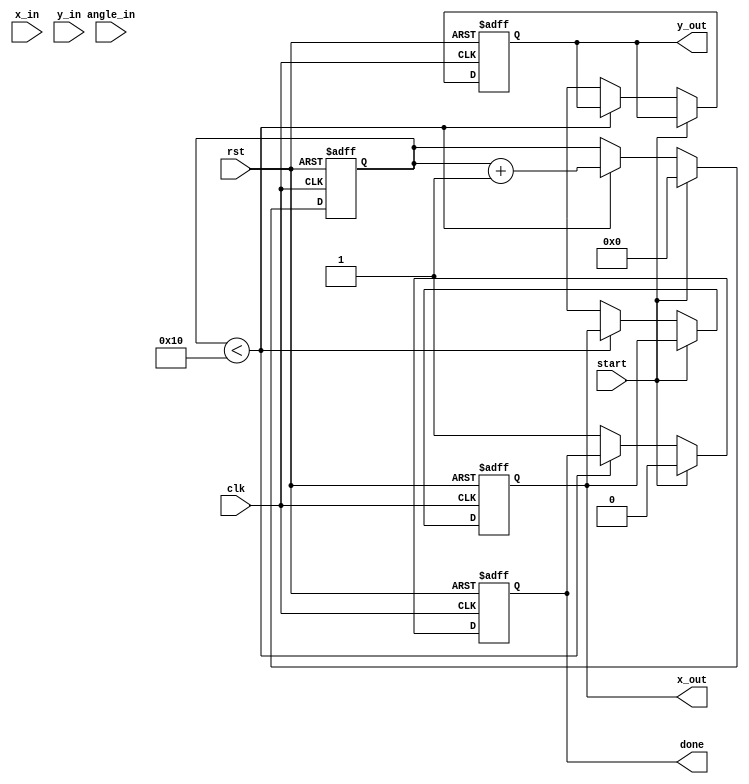
module pipeline_cordic (
    input wire clk,
    input wire rst,
    input wire start,
    input wire [15:0] x_in,       // Input x coordinate
    input wire [15:0] y_in,       // Input y coordinate
    input wire [15:0] angle_in,    // Input angle in radians
    output reg [15:0] x_out,      // Output x coordinate
    output reg [15:0] y_out,      // Output y coordinate
    output reg done               // Operation done signal
);

    // Parameters
    parameter NUM_STAGES = 16;    // Number of CORDIC stages
    parameter ANGLE_WIDTH = 16;    // Width of angle representation
    parameter CORDIC_GAIN = 16'h26DD; // Gain factor (fixed-point representation)

    // Internal signals
    reg [15:0] x [0:NUM_STAGES-1]; // Pipeline registers for x
    reg [15:0] y [0:NUM_STAGES-1]; // Pipeline registers for y
    reg [ANGLE_WIDTH-1:0] angle [0:NUM_STAGES-1]; // Pipeline registers for angle
    reg [NUM_STAGES-1:0] stage_done; // Stage done signals
    reg [3:0] stage_counter; // Stage counter

    // Angle table (precomputed angles for CORDIC)
    reg [ANGLE_WIDTH-1:0] angle_table [0:NUM_STAGES-1];

    // Initialize angle table with precomputed values
    initial begin
        angle_table[0] = 16'h3FFF; // atan(2^0)
        angle_table[1] = 16'h1FFF; // atan(2^-1)
        angle_table[2] = 16'h0FFF; // atan(2^-2)
        angle_table[3] = 16'h07FF; // atan(2^-3)
        // ... Fill in remaining angles
    end

    // Control logic
    always @(posedge clk or posedge rst) begin
        if (rst) begin
            stage_counter <= 0;
            done <= 0;
            x_out <= 0;
            y_out <= 0;
        end else if (start) begin
            // Load initial values into the first stage
            x[0] <= x_in;
            y[0] <= y_in;
            angle[0] <= angle_in;
            stage_counter <= 0;
            done <= 0;
        end else if (stage_counter < NUM_STAGES) begin
            // Perform CORDIC rotation
            if (angle[stage_counter] >= 0) begin
                x[stage_counter + 1] <= x[stage_counter] - (y[stage_counter] >> stage_counter);
                y[stage_counter + 1] <= y[stage_counter] + (x[stage_counter] >> stage_counter);
            end else begin
                x[stage_counter + 1] <= x[stage_counter] + (y[stage_counter] >> stage_counter);
                y[stage_counter + 1] <= y[stage_counter] - (x[stage_counter] >> stage_counter);
            end

            // Update angle for next stage
            angle[stage_counter + 1] <= angle[stage_counter] - angle_table[stage_counter];

            // Mark stage as done
            stage_done[stage_counter] <= 1;

            // Increment stage counter
            stage_counter <= stage_counter + 1;
        end else begin
            // Final output after all stages are done
            x_out <= x[NUM_STAGES];
            y_out <= y[NUM_STAGES];
            done <= 1;
        end
    end

endmodule